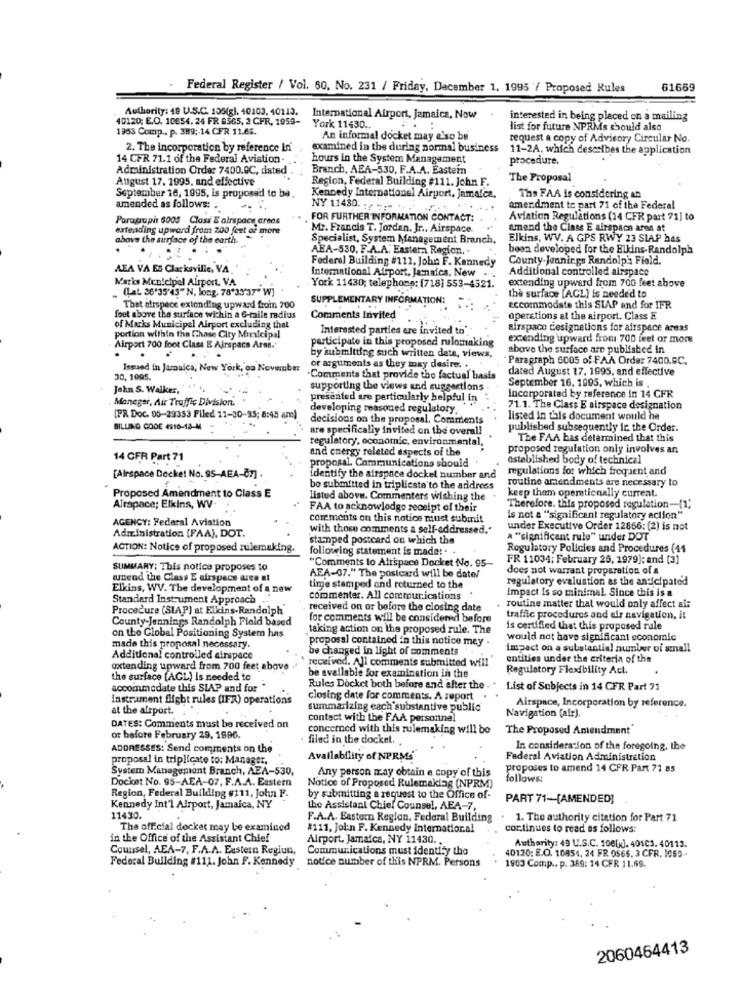
Federal Register / Vol. 60, No. 231 / Friday, December 1, 1995 / Proposed Rules
61669
Authority: 49 U.S.C. 155(g). 40103, 40113.
40120; E.O. 10654. 24 FR 8365, 2 CFR, 1959-
International Airport, Jamaica, Now
interested in being placed on a mailing
1963 Comp .. p. 389 ;- 14 CFR 11.66.
York 11430 ..
list for future NPRMs should also
An informal docket may also be
request a copy of Advisory Circular No.
2. The incorporation by reference in
examined in the during normal business
11-2A. which describes the application
14 CFR 71.1 of the Federal Aviation ..
hours in the System Management
procedure.
Administration Order 7400.0C, dated
Branch, AEA-530, F.A.A. Eastein
August 17. 1995. and effective
The Proposal
Region, Federal Building #111. John F.
September 16, 1995, is proposed to ba.
Kennedy International Airport, Jamaica.
The FAA is considering an
amended as follows: ..
NY 11430. ......
amendment to part 71 of the Federal
Paragraphs 6005 Class E airspace crees
FOR FURTHER INFORMATION CONTACT:
Aviation Regulations (34 CFR part 71] to
extending upward from 200 feet of more
Mr. Francis T. Jordan, Jr ., Airspace.
amend the Class E airspace area at
above the surface of the earth.
Specialist, System Management Branch.
Elkins, WV. A GPS RWY 23 SIAP has
ABA-530, F.A.A. Eastera Region,
been developed for the Elkins-Randolph
Federal Building #111. John F. Kennedy
County Jennings Randolph Field.
AEA VA ES Clarksville, VA.
International Airport, Jamaica, New ...
Additional controlled airspace
Marks Municipal Airport. VA
extending upward from 700 feet above
(LaL 36'35'45" N, long, 78'33'37" W]
York 11430; telephone: (718] 553-4521.
SUPPLEMENTARY INFORMATION:
the surface [ACL) is needed to
That alrspece extending upward from 700
accommodate this SLAP and for IFR
foet above the surface within a 6-mile radius
Comments Invited
operations at the airport. Class E
of Marks Municipal Airport excluding that
Interested parties are invited to".
airspace designations for airspace areas
the Chase City Municipal
participate in this proposed rulomaking
extending upward from 700 feet or more
Airport 700 foot Class E Airspace Aren.
.
above the surface are published in
by submitting such written dete, views,
Paragraph 6005 of FAA Order 7400.9C.
Issued in Jamaica, New York, oa November
or arguments as they may desire. .
dated August 17. 1995, and effective
30, 1995.
.Comments that provide the factual basis
John S. Walker,
supporting the views and suggestions
September 16, 1095, which is .
Maneger, Air Traffic Division.
presented are particularly helpful in
Incorporatad by reference in 14 CFR
developing reasoned regulatory.
71.1. The Class E airspace designation
[PR DOC. 05-29353 Filed 11-30-95; 8:45 am)
decisions on the proposal. Comments
listed in this document would he
BILLING CODE 4910-13-M
are specifically invited on the overal!
published subsequently ic the Order.
regulatory, economic, environmental,
The FAA has determined that this
and energy releted aspects of the
proposed regulation only involves an
14 CFR Part 71
established body of technical
proposal. Communications should
regulations for which frequent and
[Airspace Docket No. 95-AEA-čr] .
identify the airsprice dockel number and
routine amendments are necessary to
bo submitted in triplicate to the address
keep them operaticnally current.
Proposed Amendment to Class E
listed above. Commenters wishing the
Airspace; Elkins, WV.
FAA to acknowledge receipt of their
Therefore. this proposed regulation-(1)
AGENCY: Federal Aviation
comments on this notice must submit
is not a "significant regulatory action"
Administration [FAA), DOT.
with those comments a self-addressed."
under Executive Order 12866: (2) is not
stamped postcard on which the
A "significant rule" under DOT
ACTION: Notice of proposed nilemaking.
following statement is made: . -
Regulatory Policies and Procedures (44
FR 11034; February 26, 1979): and [3]
SUMMARY: This notice proposes to
"Comments lo Afrspace Docket No. 95-
does not warrant preparation of a
wunend the Class E airspace area at
AEA-07." The postcard will be date/
regulatory evaluation as the anticipated
Elkins, WV. The development of a new
time stamped and returned to the
impact Is so minimal. Since this is a
Standard Instrument Approach
commenter. All communications
Procedure (SLAP) at Elkins-Randolph"
received on or before the closing date
routine matter that would only affect air
County-Jennings Randolph Field based
for comments will be considered before
traffic procedures and air navigation, it
on the Global Positioning System has
taking action on the proposed rule. The
is certified that this proposed rule
proposal contained in this notice mey .
would not have significant economic
made this proposal necessary.
be changed in light of comments
impact on a substantial number of small
Additional controlled airspace
received. All comments submitted will
entities under the criteria of the
extending upward from 700 feet above
Regulatory Flexibility Act.
the surface [AGL) is needed to
be available for examination in the
accommodate this SLAP and for
Rules Docket both before and after the . . List of Subjects in 14 CFR Part 71
instrument flight rules (IFR) operations
closing date for comments. A report
at the airport.
summarizing each substantive public
Airspace, Incorporation by reference.
contact with the FAA personnel
Navigation (air).
DATES: Comments must be received on
concerned with this rulemaking will be
The Proposed Amendment
ot before February 29, 1996.
filed in the docket.
ADDRESSES: Send comments on the
In consideration of the foregoing, the
proposal in triplicate to: Manager,
Availability of NPRMS
Federal Aviation Administration
System Management Branch, AEA-530,
Any person may obtain a copy of this
proposes to amend 14 CFR Part 71 8s
Docket No. 95-AEA-07, F.A.A. Eastern
follows:
Region, Federal Building #111, John F.
Notice of Proposed Rulemaklag (NPRM)
by submitting a request to the Office of-
PART 71-[AMENDED]
Kennedy Int'l Airport, Jamaica, NY
the Assistant Chief Counsel, AEA-7,
11430.
F.A.A. Eastern Region, Federal Building
. 1. The authority citation for Part 71
The official docket may be examined
#111, John F. Kennedy Internatioral
continues to read as follows:
in the Office of the Assistant Chief
Airport, Jamaica, NY 11430 ..
Counsel, AEA-7, F.A.A. Eastern Regiun,
Communications must identify the
40120: E.O. 10854, 24 FR 0565, 3 CFR. 1050 -
Authority: 49 U.S.C. 100[x]. 40103. 40113.
Federal Building #111. John F. Kennedy
notice number of this NPRM. Persons
1903 Comp ., p. 369: 14 CFR 11.69.
2060464413